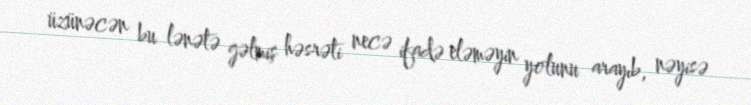
üzünəcən bu lənətə gəlmiş həsrəti necə ifadə eləməyin yolunu arayıb, nəyisə